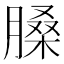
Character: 𦟄